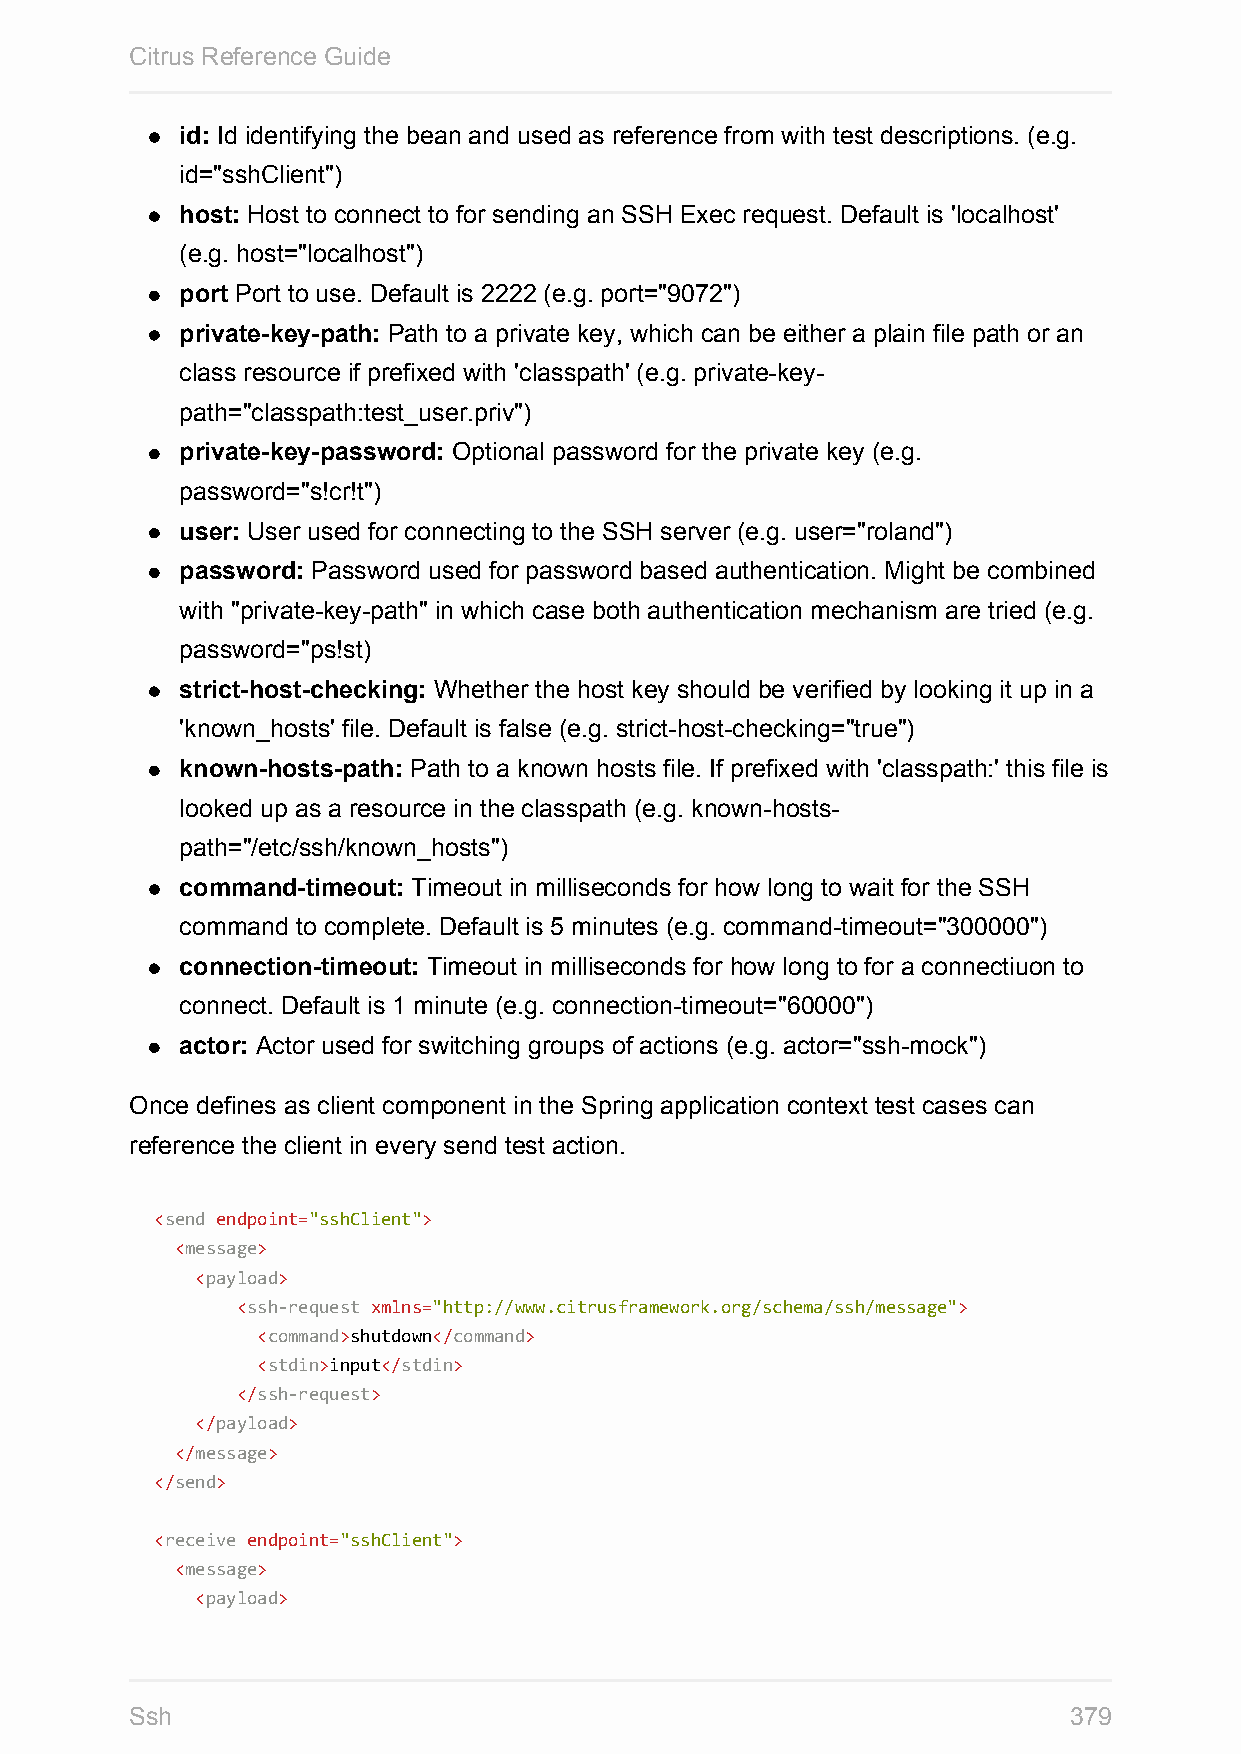
Citrus Reference Guide
 id: Id identifying the bean and used as reference from with test descriptions. (e.g.
 id="sshClient")
 host: Host to connect to for sending an SSH Exec request. Default is 'localhost'
 (e.g. host="localhost")
 port Port to use. Default is 2222 (e.g. port="9072")
 private-key-path: Path to a private key, which can be either a plain file path or an
 class resource if prefixed with 'classpath' (e.g. private-key-
 path="classpath:test_user.priv")
 private-key-password: Optional password for the private key (e.g.
 password="s!cr!t")
 user: User used for connecting to the SSH server (e.g. user="roland")
 password: Password used for password based authentication. Might be combined
 with "private-key-path" in which case both authentication mechanism are tried (e.g.
 password="ps!st)
 strict-host-checking: Whether the host key should be verified by looking it up in a
 'known_hosts' file. Default is false (e.g. strict-host-checking="true")
 known-hosts-path: Path to a known hosts file. If prefixed with 'classpath:' this file is
 looked up as a resource in the classpath (e.g. known-hosts-
 path="/etc/ssh/known_hosts")
 command-timeout: Timeout in milliseconds for how long to wait for the SSH
 command to complete. Default is 5 minutes (e.g. command-timeout="300000")
 connection-timeout: Timeout in milliseconds for how long to for a connectiuon to
 connect. Default is 1 minute (e.g. connection-timeout="60000")
 actor: Actor used for switching groups of actions (e.g. actor="ssh-mock")
 Once defines as client component in the Spring application context test cases can
 reference the client in every send test action.
 <send endpoint="sshClient">
 <message>
 <payload>
 <ssh-request xmlns="http://www.citrusframework.org/schema/ssh/message">
 <command>shutdown</command>
 <stdin>input</stdin>
 </ssh-request>
 </payload>
 </message>
 </send>
 <receive endpoint="sshClient">
 <message>
 <payload>
 Ssh                                                           379